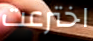
اخترعت